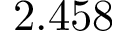
2 . 4 5 8